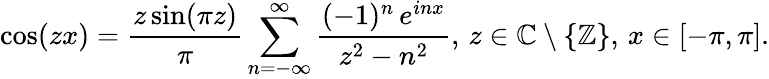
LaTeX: \cos(zx)={\frac{z\sin(\pi z)}{\pi}}\displaystyle\sum_{n=-\infty}^{\infty}{\frac{(-1)^{n}\, e^{inx}}{z^{2}-n^{2}}},\, z\in\mathbb{C}\setminus\{ \mathbb{Z}\} ,\, x\in[-\pi,\pi].